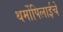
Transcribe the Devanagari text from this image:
थर्मोपिलाईचे